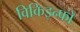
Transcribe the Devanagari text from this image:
विकिइन्फो